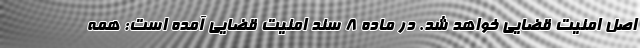
اصل امنیت قضایی خواهد شد. در ماده ۸ سند امنیت قضایی آمده است: همه